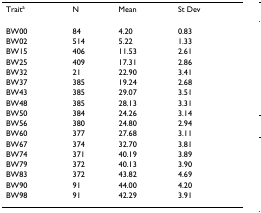
<table><thead><tr><td><b>Trait<sup>a</sup></b></td><td><b>N</b></td><td><b>Mean</b></td><td><b>St Dev</b></td></tr></thead><tbody><tr><td>BW00</td><td>84</td><td>4.20</td><td>0.83</td></tr><tr><td>BW02</td><td>514</td><td>5.22</td><td>1.33</td></tr><tr><td>BW15</td><td>406</td><td>11.53</td><td>2.61</td></tr><tr><td>BW25</td><td>409</td><td>17.31</td><td>2.86</td></tr><tr><td>BW32</td><td>21</td><td>22.90</td><td>3.41</td></tr><tr><td>BW37</td><td>385</td><td>19.24</td><td>2.68</td></tr><tr><td>BW43</td><td>385</td><td>29.07</td><td>3.51</td></tr><tr><td>BW48</td><td>385</td><td>28.13</td><td>3.31</td></tr><tr><td>BW50</td><td>384</td><td>24.26</td><td>3.14</td></tr><tr><td>BW56</td><td>380</td><td>24.80</td><td>2.94</td></tr><tr><td>BW60</td><td>377</td><td>27.68</td><td>3.11</td></tr><tr><td>BW67</td><td>374</td><td>32.70</td><td>3.81</td></tr><tr><td>BW74</td><td>371</td><td>40.19</td><td>3.89</td></tr><tr><td>BW79</td><td>372</td><td>40.13</td><td>3.90</td></tr><tr><td>BW83</td><td>372</td><td>43.82</td><td>4.69</td></tr><tr><td>BW90</td><td>91</td><td>44.00</td><td>4.20</td></tr><tr><td>BW98</td><td>91</td><td>42.29</td><td>3.91</td></tr></tbody></table>